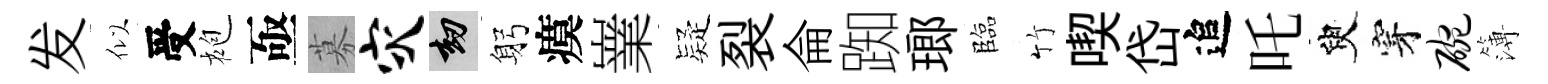
发似受袍亟募灾劫躬瘼嶪疑裂侖踟瑯臨竹喫岱追吒臾穿碗簿